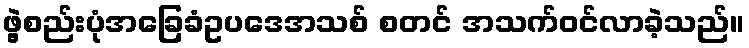
ဖွဲ့စည်းပုံအခြေခံဥပဒေအသစ် စတင် အသက်ဝင်လာခဲ့သည်။